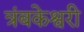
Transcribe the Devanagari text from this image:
त्रंबकेश्वरी